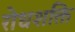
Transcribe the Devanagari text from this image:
रोधशक्ति